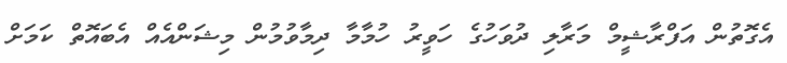
އެގޮތުން އަފްރާޝީމް މަރާލި ދުވަހުގެ ހަވީރު ހުމާމާ ދިމާވުމުން މިޝަންއެއް އެބައޮތް ކަމަށް